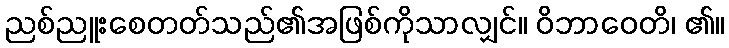
ညစ်ညူးစေတတ်သည်၏အဖြစ်ကိုသာလျှင်။ ဝိဘာဝေတိ၊ ၏။